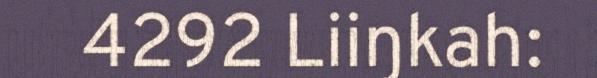
4292 Liiŋkah: